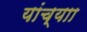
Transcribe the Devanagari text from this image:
यांच्याा